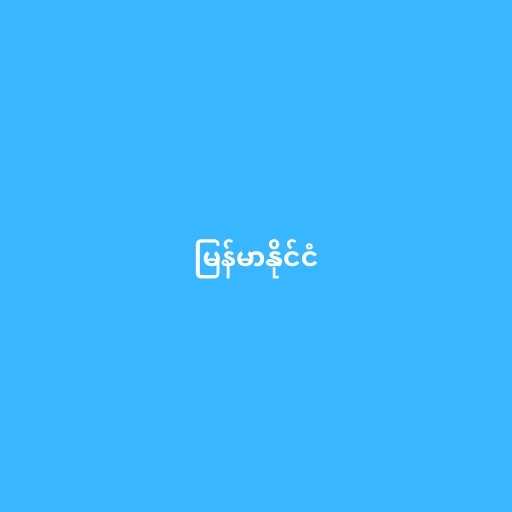
မြန်မာနိုင်ငံ